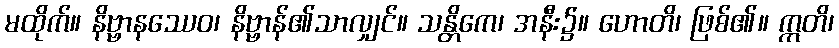
မထိုက်။ နိဗ္ဗာနဿေဝ၊ နိဗ္ဗာန်၏သာလျှင်။ သန္တိကေ၊ အနီး၌။ ဟောတိ၊ ဖြစ်၏။ ဣတိ၊